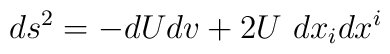
ds^{2}= -dUdv + 2 U \ dx_i dx^i